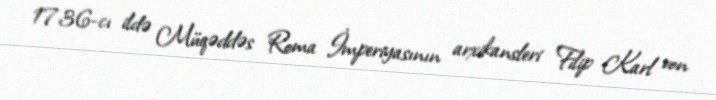
1736-cı ildə Müqəddəs Roma İmperiyasının arxikansleri Filip Karl von